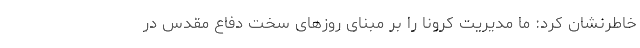
خاطرنشان کرد: ما مدیریت کرونا را بر مبنای روزهای سخت دفاع مقدس در